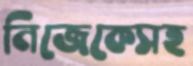
নিজেকেসহ